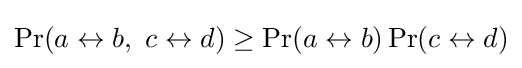
\Pr(a\leftrightarrow b,\ c\leftrightarrow d)\geq \Pr(a\leftrightarrow b)\Pr(c\leftrightarrow d)